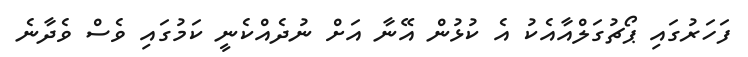
ފަހަރުގައި ޕޯޗުގަލްއާއެކު އެ ކުޅުން އޭނާ އަށް ނުދެއްކެނީ ކަމުގައި ވެސް ވެދާނެ